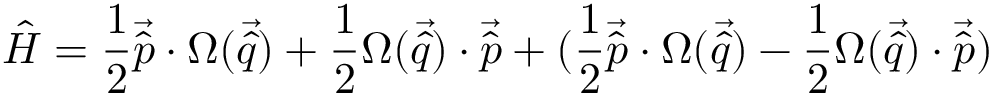
\hat { H } = \frac { 1 } { 2 } \vec { \hat { p } } \cdot \Omega ( \vec { \hat { q } } ) + \frac { 1 } { 2 } \Omega ( \vec { \hat { q } } ) \cdot \vec { \hat { p } } + ( \frac { 1 } { 2 } \vec { \hat { p } } \cdot \Omega ( \vec { \hat { q } } ) - \frac { 1 } { 2 } \Omega ( \vec { \hat { q } } ) \cdot \vec { \hat { p } } )